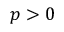
p > 0